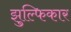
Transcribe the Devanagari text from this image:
झुल्फिकार